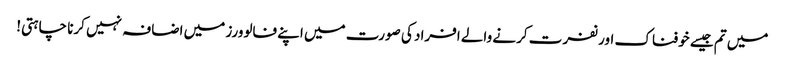
میں تم جیسے خوفناک اور نفرت کرنے والے افراد کی صورت میں اپنے فالوورز میں اضافہ نہیں کرنا چاہتی!